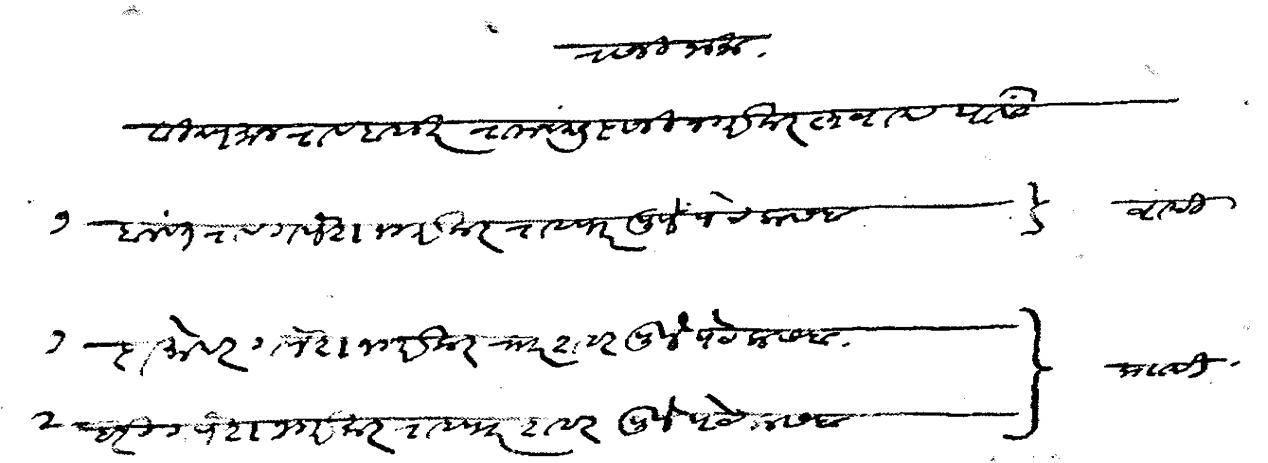
Transliteration (Devanagari): राजीनामा विद्यमान रावबाहदुर रामचंद्र दाजी नगरकर लवाद यांस १ बलवंतराव गणेश नगरकर राहणार पुणे पेट कसबा वादी १ दामोदर गणेश नगरकर राहणार शहर पुणे पेट कसबा  २ हरी गणेश नगरकर राहणार शहर पुणे पेट कसबा